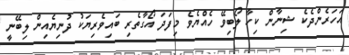
އަހަރެންދެކެ ޝިިނާން ކިހާ ލޯބިވޭ ހެއްޔެވެ މިފަދަ އޯގާތެރި ބައިވެރިޔަކު ދުނިޔެއިން ލިބޭނީ